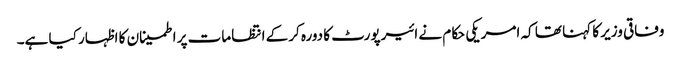
وفاقی وزیر کا کہنا تھا کہ امریکی حکام نے ائیرپورٹ کا دورہ کرکے انتظامات پر اطمینان کا اظہار کیا ہے۔